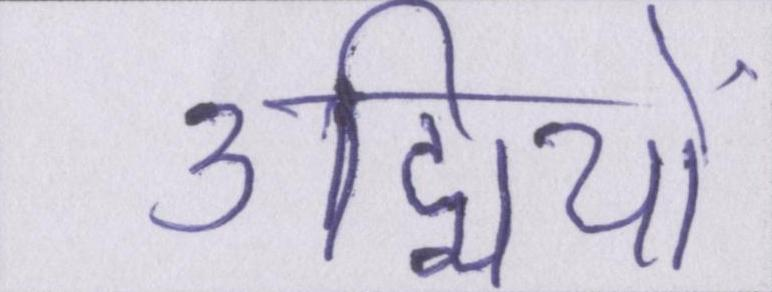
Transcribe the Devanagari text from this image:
उद्मियों